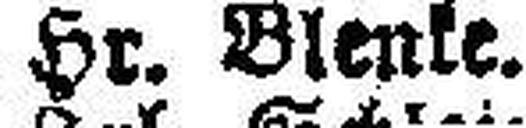
Hr. Blenke.